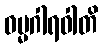
ဓမ္မဂါရဝါတိ